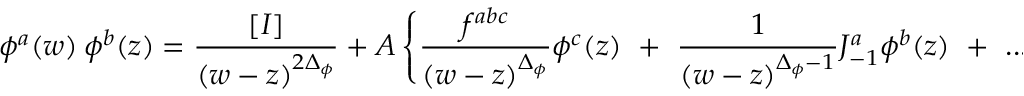
\phi ^ { a } ( w ) ~ \phi ^ { b } ( z ) = { \frac { [ I ] } { ( w - z ) ^ { 2 \Delta _ { \phi } } } } ~ + ~ A \left\{ { \frac { f ^ { a b c } } { ( w - z ) ^ { \Delta _ { \phi } } } } \phi ^ { c } ( z ) ~ + ~ { \frac { 1 } { ( w - z ) ^ { \Delta _ { \phi } - 1 } } } J _ { - 1 } ^ { a } \phi ^ { b } ( z ) { } ~ + ~ . . . \right\} ~ + ~ . . .